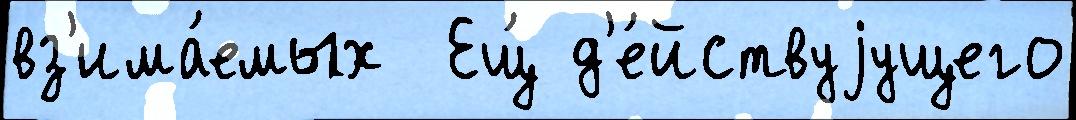
вз'има́емых  Ещ́ д'е́йствуjущего